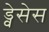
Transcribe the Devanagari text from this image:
ड्वेसेस